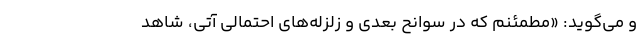
و می‌گوید: «مطمئنم که در سوانح بعدی و زلزله‌های احتمالی آتی، شاهد